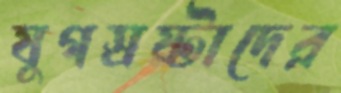
যুগস্রষ্টাদের